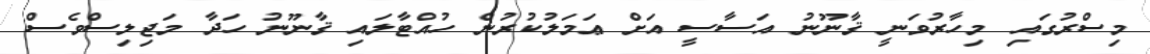
މިސްރުގައި މިހާރުވަނީ ޤާނޫނު އަސާސީ އަށް ޢަމަލުކުރުން ހުއްޓާލައި ޤާނޫނު ހަދާ މަޖިލިސްވެސް